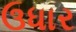
ઉધાર